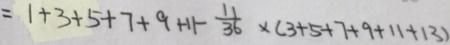
= 1 + 3 + 5 + 7 + 9 + 1 1 - \frac { 1 1 } { 3 6 } \times ( 3 + 5 + 7 + 9 + 1 1 + 1 3 )